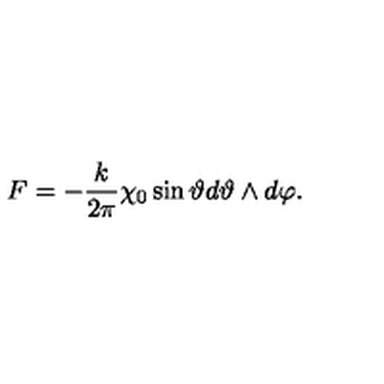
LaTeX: F = - \frac { k } { 2 \pi } \chi _ { 0 } \sin \vartheta d \vartheta \wedge d \varphi .